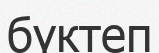
бүктеп